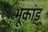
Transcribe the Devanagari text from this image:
भूकांड